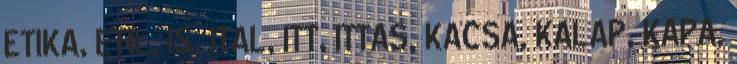
ETIKA, ETIL, IS, ITAL, ITT, ITTAS, KACSA, KALAP, KAPA,